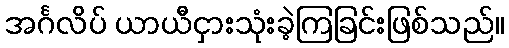
အင်္ဂလိပ် ယာယီငှားသုံးခဲ့ကြခြင်းဖြစ်သည်။